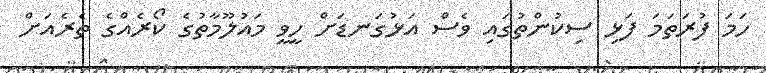
ހަމަ ފުރަަތަމަ ފަޅި ސިކުންތުގައި ވެސް އަޅުގަނޑަށް ހީވީ މައުލޫމާތުގެ ކޯރެއްގެ ތެރެއަށް